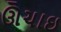
ઊઁચાઇ